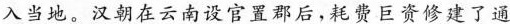
入当地。汉朝在云南设官置郡后，耗费巨资修建了通